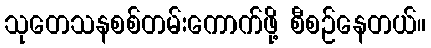
သုတေသနစစ်တမ်းကောက်ဖို့ စီစဉ်နေတယ်။